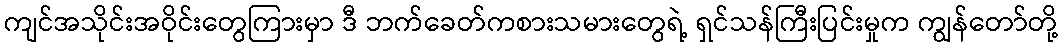
ကျင်အသိုင်းအဝိုင်းတွေကြားမှာ ဒီ ဘက်ခေတ်ကစားသမားတွေရဲ့ ရှင်သန်ကြီးပြင်းမှုက ကျွန်တော်တို့